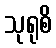
သုရုစိ